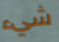
شيء